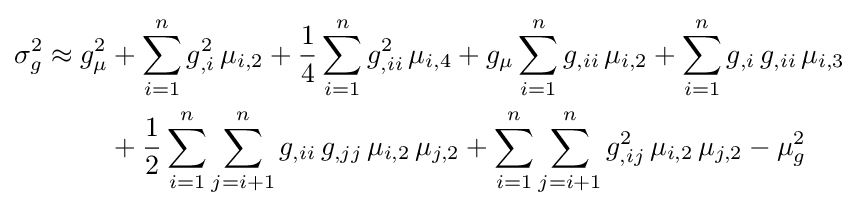
{\begin{aligned}\sigma _{g}^{2}\approx {}g_{\mu }^{2}&+\sum _{i=1}^{n}g_{,i}^{2}\,\mu _{i,2}+{\frac {1}{4}}\sum _{i=1}^{n}g_{,ii}^{2}\,\mu _{i,4}+g_{\mu }\sum _{i=1}^{n}g_{,ii}\,\mu _{i,2}+\sum _{i=1}^{n}g_{,i}\,g_{,ii}\,\mu _{i,3}\\&+{\frac {1}{2}}\sum _{i=1}^{n}\sum _{j=i+1}^{n}g_{,ii}\,g_{,jj}\,\mu _{i,2}\,\mu _{j,2}+\sum _{i=1}^{n}\sum _{j=i+1}^{n}g_{,ij}^{2}\,\mu _{i,2}\,\mu _{j,2}-\mu _{g}^{2}\end{aligned}}